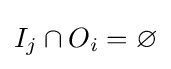
I_{j}\cap O_{i}=\varnothing